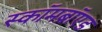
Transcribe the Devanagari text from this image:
स्कॉमब्रॉएड